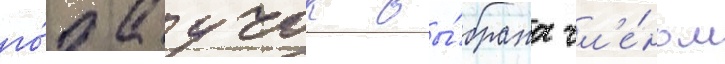
го́да учок вы́брана чл'е́ном